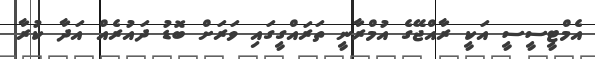
އެމްޓީސީސީ އަކީ ރާއްޖޭގެ އުމްރާނީ ތަރައްގީގައި ވަރަށް ބޮޑު ދައުރެއް އަދާ ކުރާ